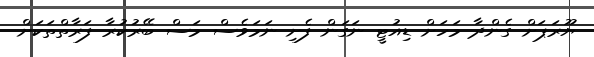
ޔޫރަޕަށް ގެންދާ މަހަށް ޑިއުޓީ ނަގަން ފެށި ނަމަވެސް މަސް ބޭރުކުރާ ފަރާތްތަކަށް